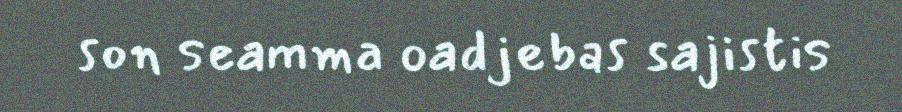
son seamma oadjebas sajistis